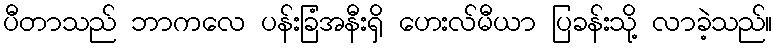
ပီတာသည် ဘာကလေ ပန်းခြံအနီးရှိ ဟေးလ်မီယာ ပြခန်းသို့ လာခဲ့သည်။